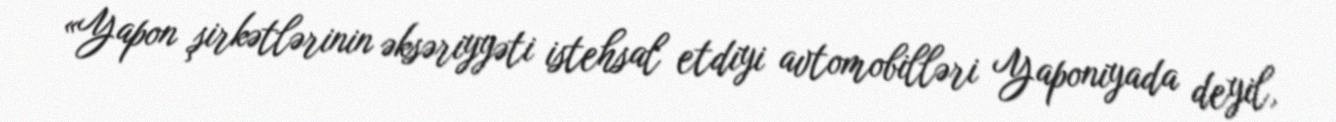
«Yapon şirkətlərinin əksəriyyəti istehsal etdiyi avtomobilləri Yaponiyada deyil,